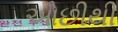
ઓછીથી